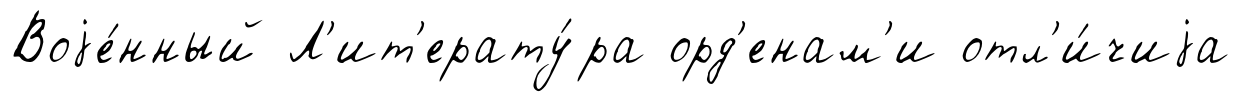
Воjе́нный Л'ит'ерату́ра орд'енам'и отл'и́чиjа